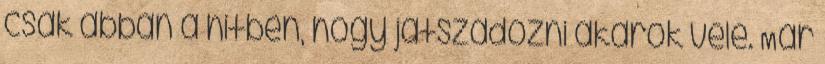
csak abban a hitben, hogy játszadozni akarok vele. Már